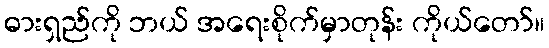
ဓားရှည်ကို ဘယ် အရေးစိုက်မှာတုန်း ကိုယ်တော်။